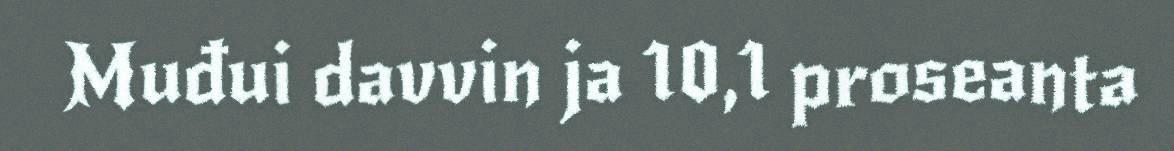
Muđui davvin ja 10,1 proseanta